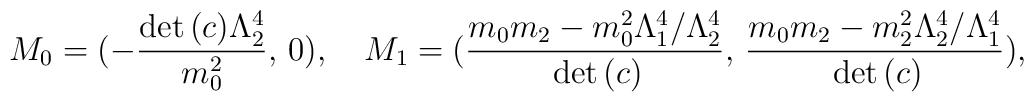
M_{0}=(-\frac{\mathrm{det}\,(c)\Lambda _{2}^{4}}{m_{0}^{2}},\, 0),\quad M_{1}=(\frac{m_{0}m_{2}-m_{0}^{2}\Lambda _{1}^{4}/\Lambda _{2}^{4}}{\,\mathrm{det}\,(c)},\,\frac{m_{0}m_{2}-m_{2}^{2}\Lambda _{2}^{4}/\Lambda _{1}^{4}}{\,\mathrm{det}\,(c)}),